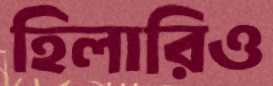
হিলারিও